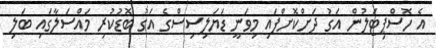
އެ ހޮސްޕިޓަލުން އަގު ދަށްކޮށްފައި މިވަނީ ޑަޔަލިސިސްގެ އަގު ބޮޑުކުރި މައްސަލާގައި ބަލި